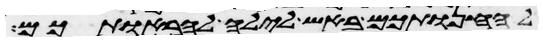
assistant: להחנותכם באש לילה להראותכם